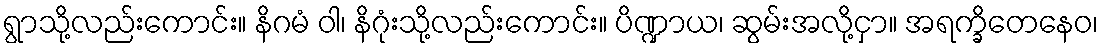
ရွာသို့လည်းကောင်း။ နိဂမံ ဝါ၊ နိဂုံးသို့လည်းကောင်း။ ပိဏ္ဍာယ၊ ဆွမ်းအလို့ငှာ။ အရက္ခိတေနေဝ၊